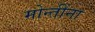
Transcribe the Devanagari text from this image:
मोन्तींना